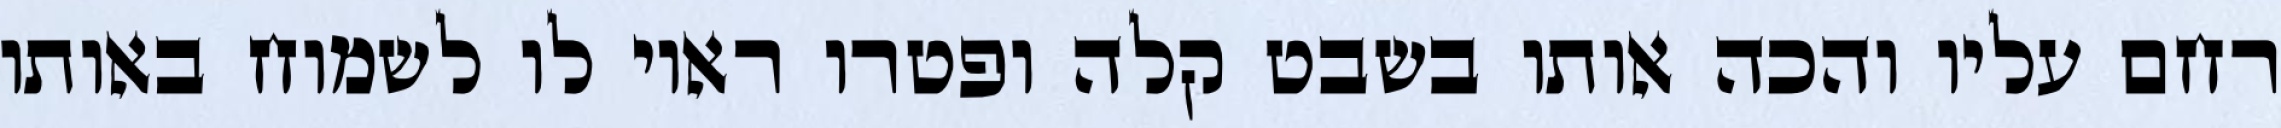
רחם עליו והכה אותו בשבט קלה ופטרו ראוי לו לשמוח באותו